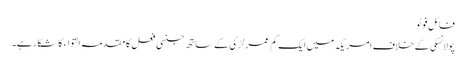
فائل فوٹو
پولانسکی کے خلاف امریکہ میں ایک کم عمر لڑکی کے ساتھ جنسی فعل کا مقدمہ التواء کا شکار ہے۔